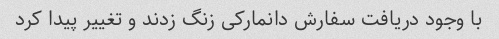
با وجود دریافت سفارش دانمارکی زنگ زدند و تغییر پیدا کرد